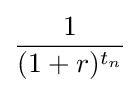
{\frac {1}{(1+r)^{t_{n}}}}